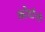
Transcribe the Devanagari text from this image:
कोर्दानो